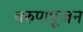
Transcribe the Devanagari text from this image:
वरुणपूजन